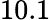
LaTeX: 10.1